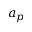
a _ { p }